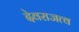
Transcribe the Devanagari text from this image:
देवराजत्व